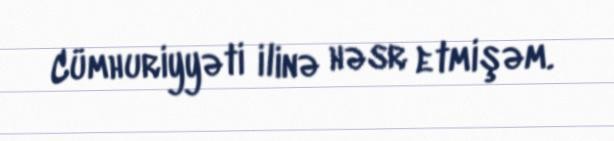
Cümhuriyyəti ilinə həsr etmişəm.